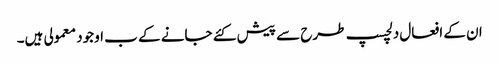
ان کے افعال دلچسپ طرح سے پیش کئے جانے کے ب اوجود معمولی ہیں۔